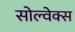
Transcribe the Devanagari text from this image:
सोल्वेक्स